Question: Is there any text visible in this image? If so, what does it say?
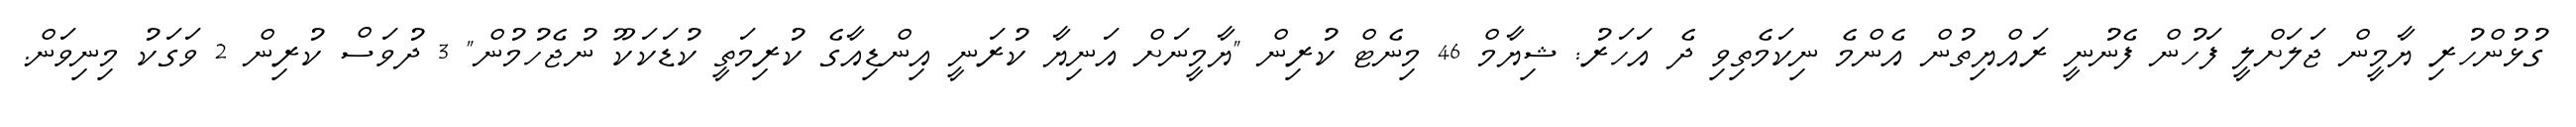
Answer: ގުޅުންހުރި ޔާމީން ޖަލަށްލީ ފަހުން ފެނުނީ ރައްޔިތުން އެންމެ ނިކަމެތިވި ދެ އަހަރު: ޝިޔާމް 46 މިނެޓް ކުރިން "ޔާމީނަށް އަނިޔާ ކުރަނީ އިންޑިއާގެ ކުރިމަތީ ކުޑަކަކޫ ނުޖެހުމުން" 3 ދުވަސް ކުރިން 2 ވަގަކު މިނިވަން.